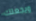
ويجعلك